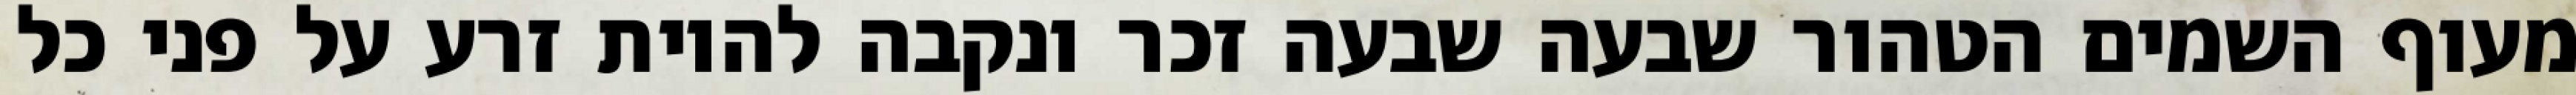
מעוף השמים הטהור שבעה שבעה זכר ונקבה להיות זרע על פני כל